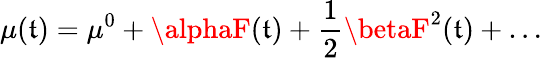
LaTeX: \mu(\mathfrak{t})=\mu^{0}+\alphaF(\mathfrak{t})+\frac{{1}}{{2}}\betaF^{2}(\mathfrak{t})+\ldots